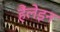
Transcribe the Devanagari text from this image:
हैंलेइन